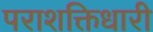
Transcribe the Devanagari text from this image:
पराशक्तिधारी